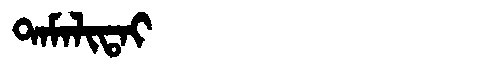
Manchu: ᡨᠠᠮᠠᠯᡳᡨᠠᡳ
Romanization: TAMALITAI